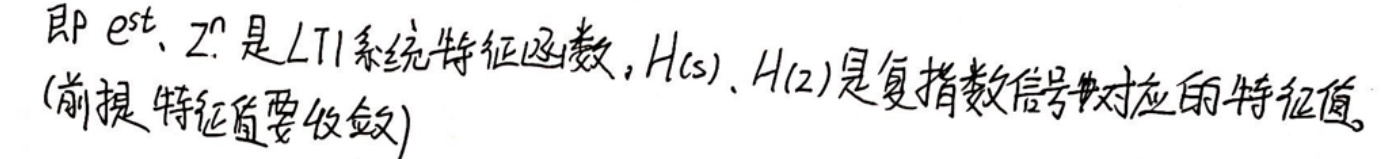
即 $e^{st}、z^{n}$ 是 LTI 系统特征函数，$H(s)、H(z)$ 是复指数信号对应的特征值。（前提：特征值要收敛）